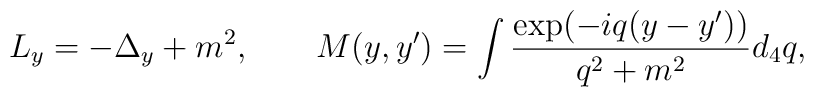
L_y =-\Delta_y+m^2,\qquad M(y,y')=\int\frac{\exp(-iq(y-y'))}{q^2+m^2}d_4q,